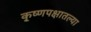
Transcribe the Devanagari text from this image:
कृ्ष्णपक्षातल्या